Juri_Uluots, lk 4
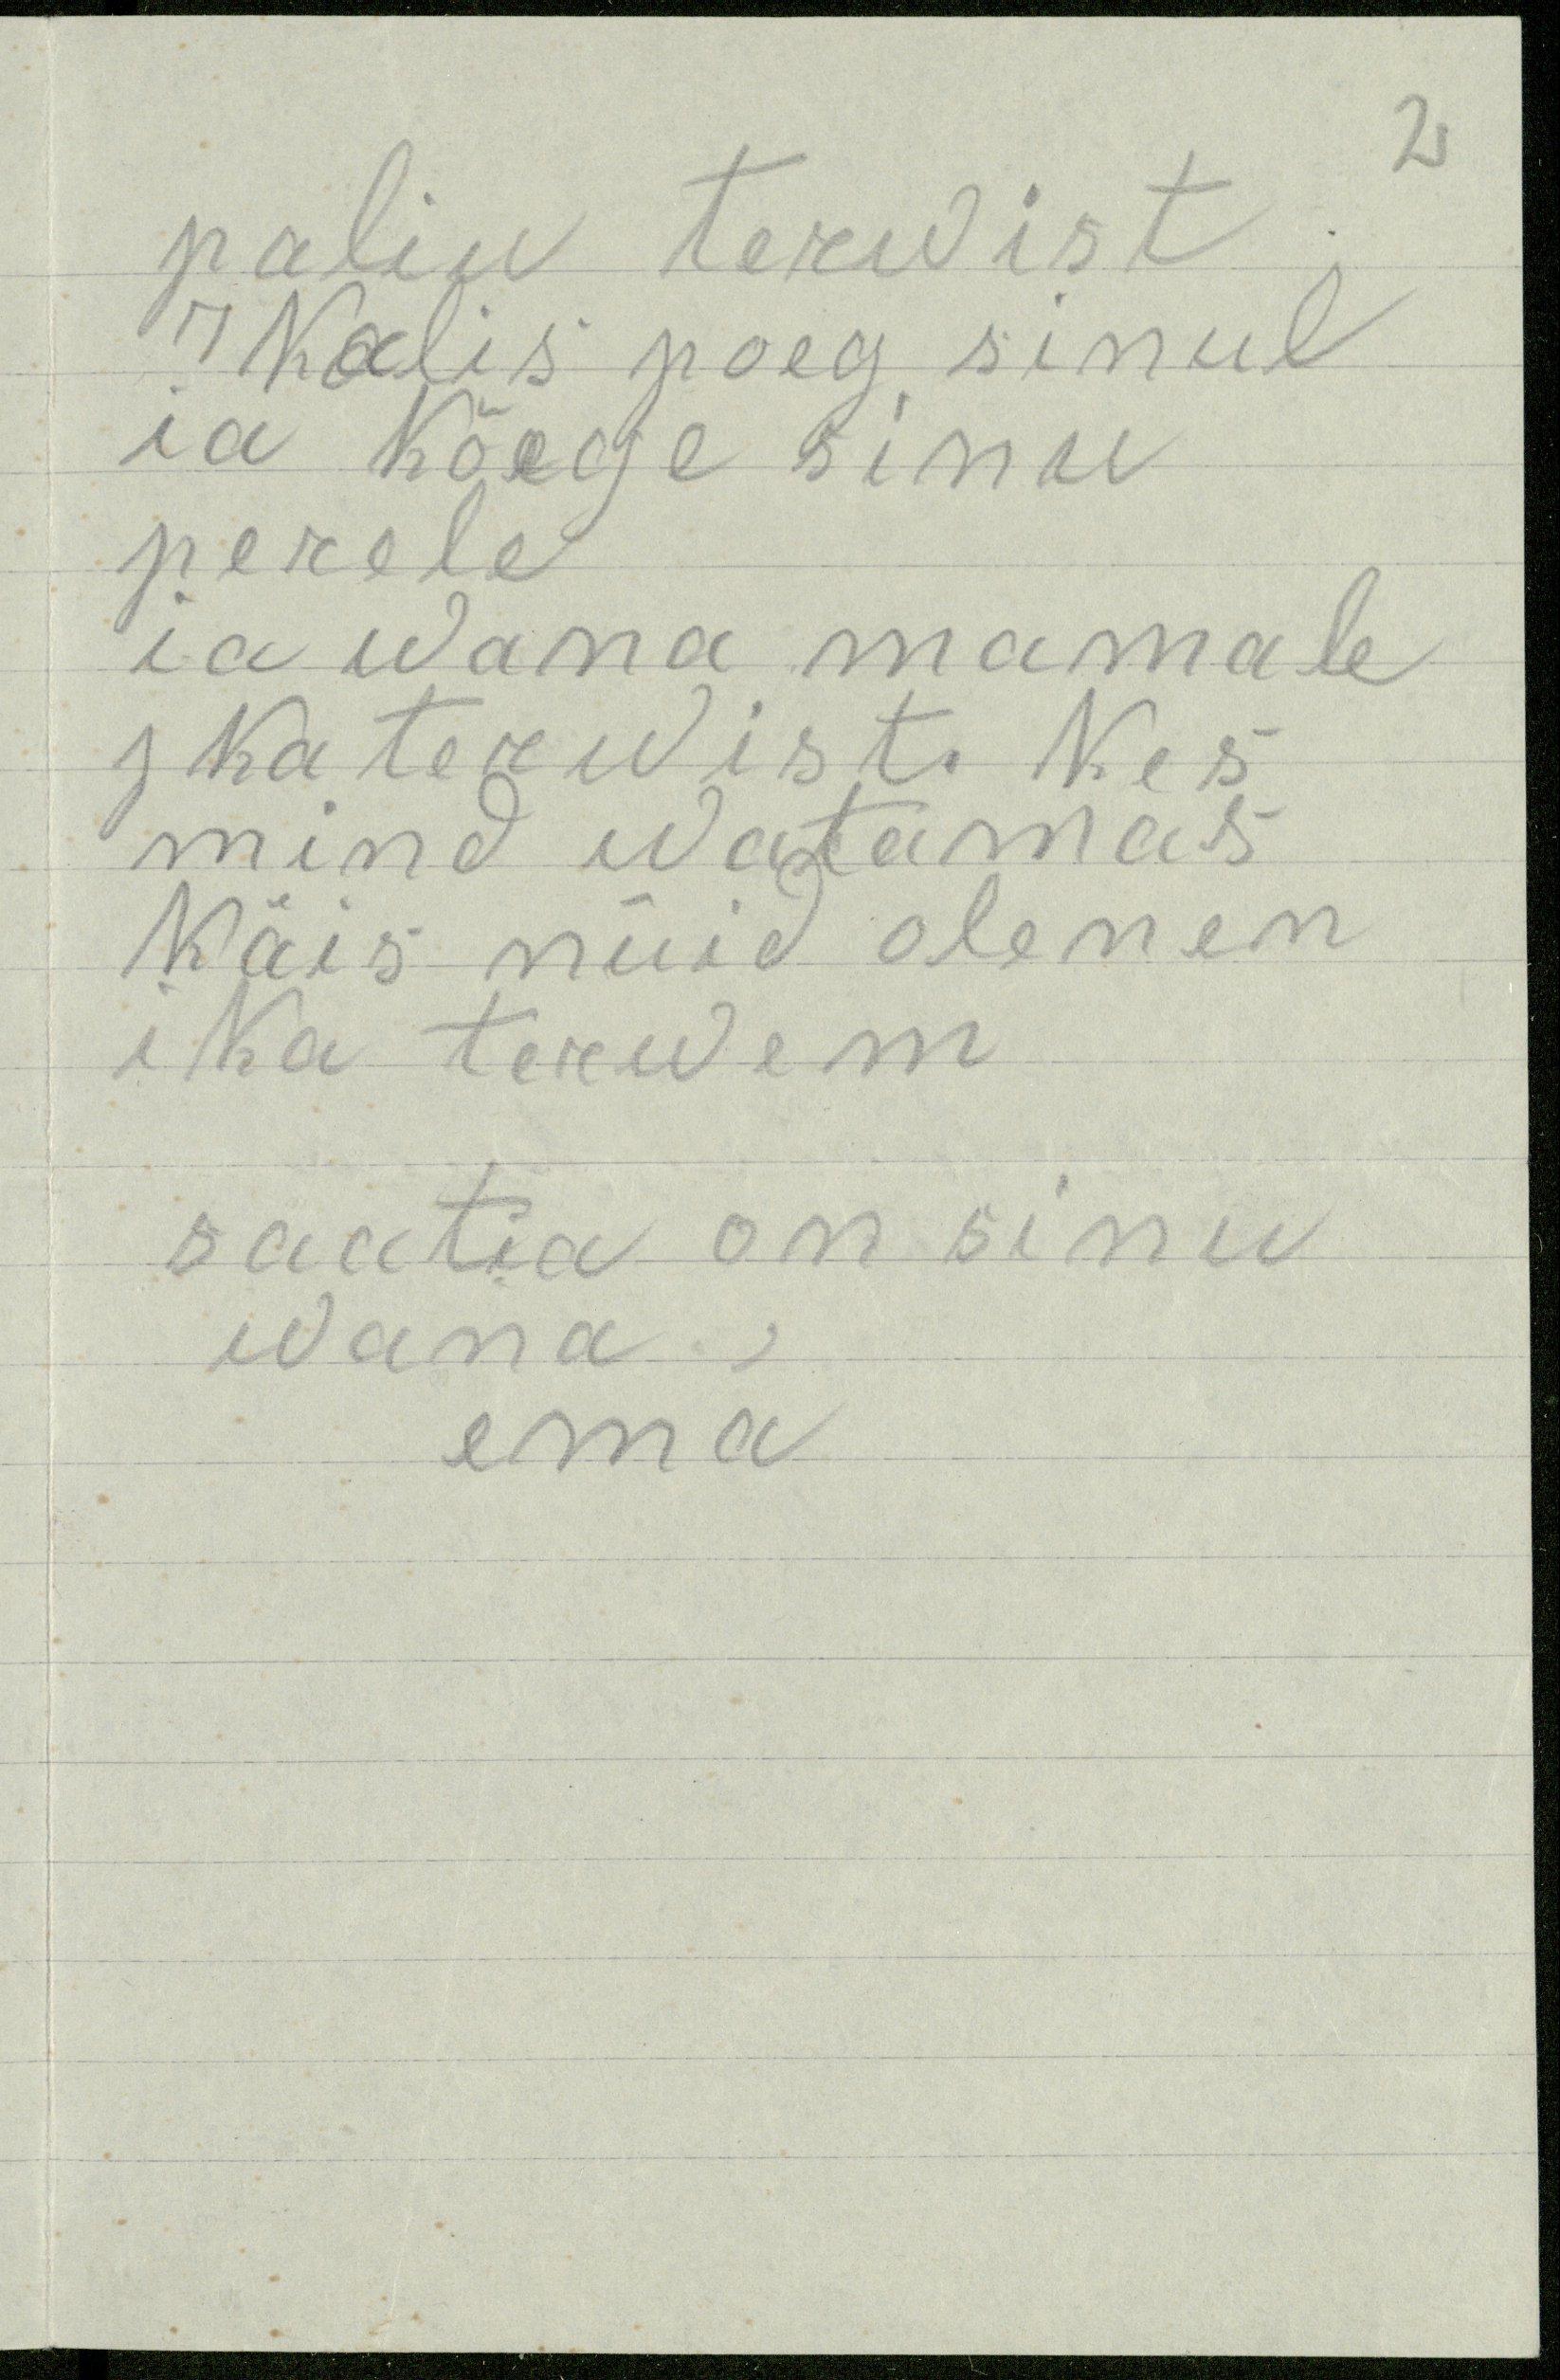
2
paliu terwist
Kalis poeg sinul
ia kõege sinu
perele
ia wana mamale
J ka terwist. Kes
mind watamas
käis nüid olenen
ika terwem
saatia on sinu
wana,
ema